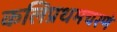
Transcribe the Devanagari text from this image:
कलिप्रथमचरणे